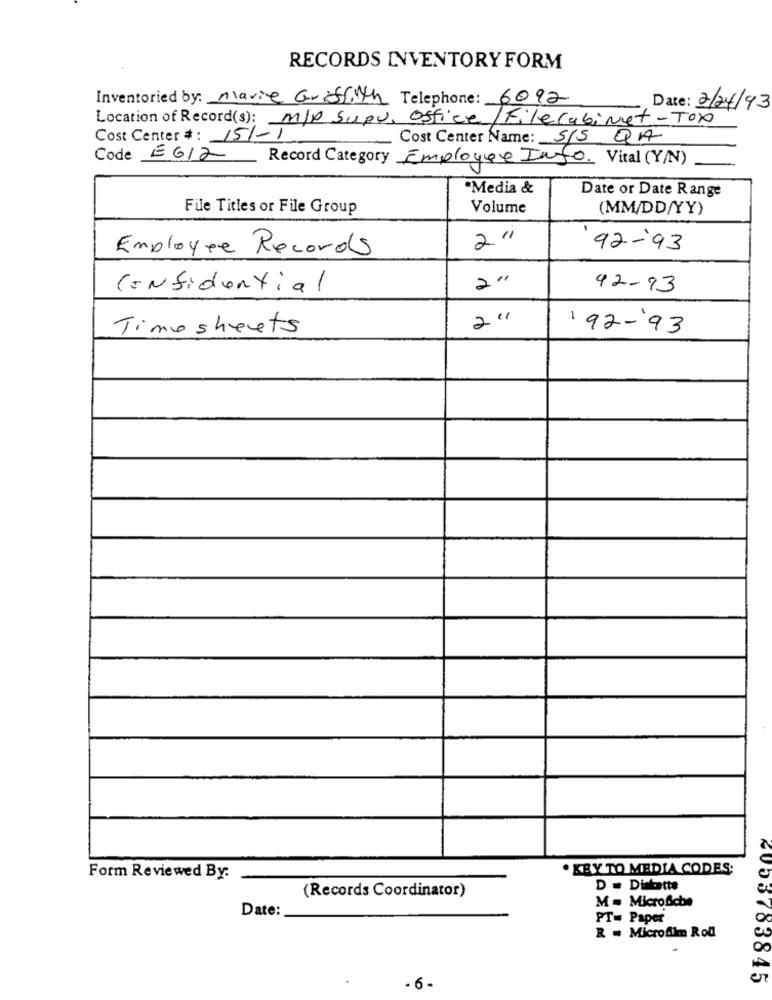
RECORDS INVENTORY FORM
Inventoried by: Marie Griffith Telephone: 6092
Date: 2/24/93
Location of Record(s): M/P Supu, Office/Filecabinet-Tox
Cost Center # : 151-1
Cost Center Name: 5/5 QA
Code EGI2 Record Category Employee Info. Vital (Y/N)
"Media &
Date or Date Range
File Titles or File Group
Volume
(MM/DD/YY)
2"
Employee Records
92-93
2'''
Confidential
92-93
2."
Timo sheets
1 92-93
. KEY TO MEDIA CODES;
Form Reviewed By:
(Records Coordinator)
D . Diatatte
M = Microfiche
Date:
PT= Paper
R = Microfilm Roll
4053783845